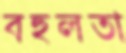
বহুলতা